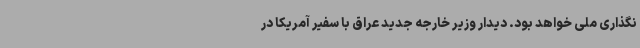
نگذاری ملی خواهد بود. دیدار وزیر خارجه جدید عراق با سفیر آمریکا در